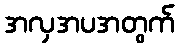
အလှအပအတွက်